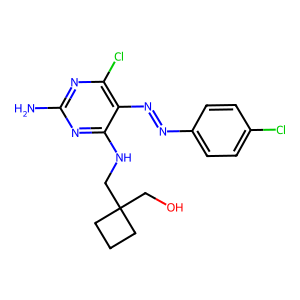
SMILES: Nc1nc(Cl)c(N=Nc2ccc(Cl)cc2)c(NCC2(CO)CCC2)n1
Inhibits HIV replication: No